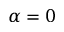
\alpha = 0